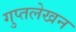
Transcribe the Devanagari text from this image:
गुप्तलेखन